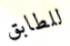
للطابق